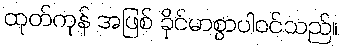
ထုတ်ကုန် အဖြစ် ခိုင်မာစွာပါဝင်သည်။